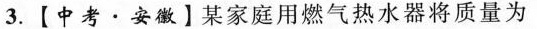
3.【中考 · 安徽】某家庭用燃气热水器将质量为